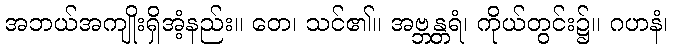
အဘယ်အကျိုးရှိအံ့နည်း။ တေ၊ သင်၏။ အဗ္ဘန္တရံ၊ ကိုယ်တွင်း၌။ ဂဟနံ၊